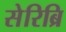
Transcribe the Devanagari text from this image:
सेरिब्रि